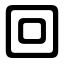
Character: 回